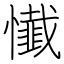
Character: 懴